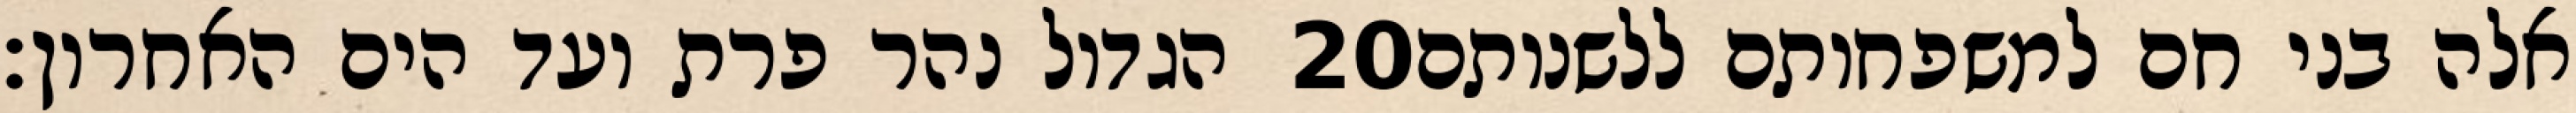
הגדול נהר פרת ועד הים האחרון׃ ‎20‏ אלה בני חם למשפחותם ללשנותם